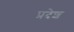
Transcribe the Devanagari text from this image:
प्रदेश